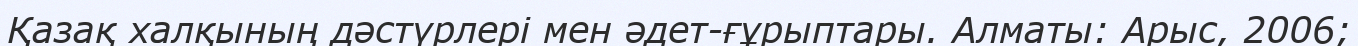
Қазақ халқының дәстүрлері мен әдет-ғұрыптары. Алматы: Арыс, 2006;